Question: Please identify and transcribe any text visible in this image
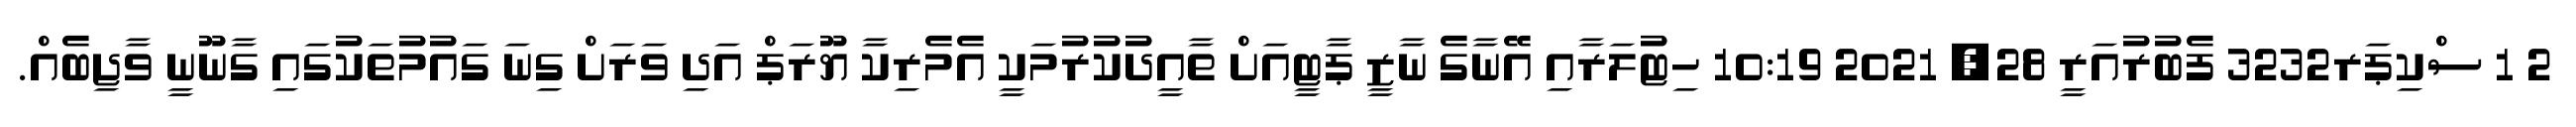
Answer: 2 1 ސްކިޕަރ3232 ފެބުރުއަރީ 28, 2021 10:19 ހިޓުލަރާއި އޭނާގެ ނާޒީ ޕާޓީއަށް ތާއީދުކުރުމަކީ އެމެރިކާ ޔޫރަޕް އަދި ވަރަށް ގިނަ ގައުމުތަކުގައި ގާނޫނީ ވާޖިބެއް.